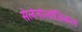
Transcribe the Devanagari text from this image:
सेलेनोलॉजिकल